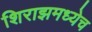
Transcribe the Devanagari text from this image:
शिराझमध्येच